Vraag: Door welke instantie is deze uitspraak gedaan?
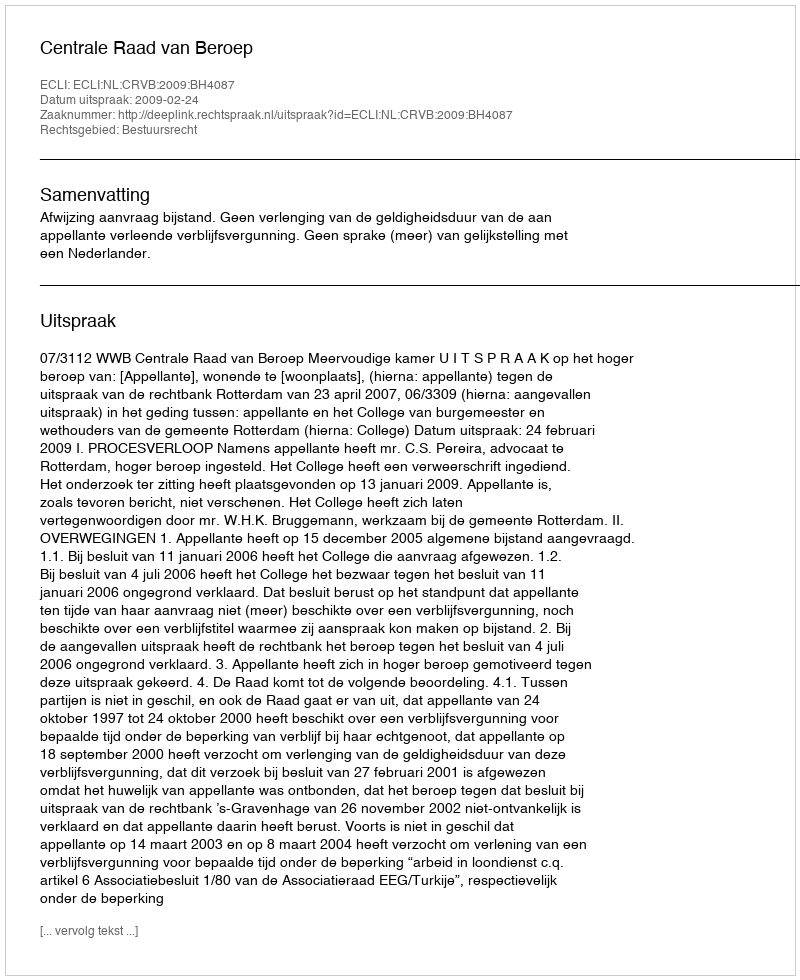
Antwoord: Centrale Raad van Beroep